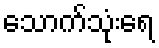
သောက်သုံးရေ